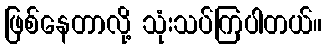
ဖြစ်နေတာလို့ သုံးသပ်ကြပါတယ်။